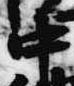
中